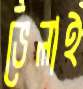
ভেলাই